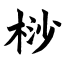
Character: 桫